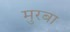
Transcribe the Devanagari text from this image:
मुरबा